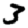
Digit: 3